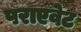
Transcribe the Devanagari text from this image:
पराएवेट